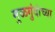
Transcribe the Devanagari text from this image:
मुळगुंदांच्या